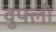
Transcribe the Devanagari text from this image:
वुफ्ली